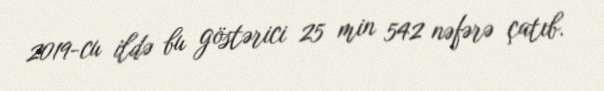
2019-cu ildə bu göstərici 25 min 542 nəfərə çatıb.